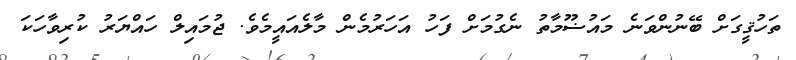
ތަހުޤީގަށް ބޭނުންވަނެ މައުޟޫމާތު ނެގުމަށް ފަހު އަހަރުމެން މާލެއައީމެވެ. ޖުމައިލް ހައްޔަރު ކުރިވާހަކަ